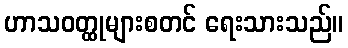
ဟာသဝတ္ထုများစတင် ရေးသားသည်။